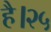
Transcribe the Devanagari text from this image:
है।२५